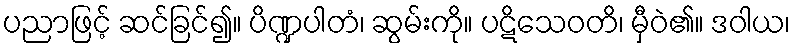
ပညာဖြင့် ဆင်ခြင်၍။ ပိဏ္ဍပါတံ၊ ဆွမ်းကို။ ပဋိသေဝတိ၊ မှီဝဲ၏။ ဒဝါယ၊